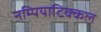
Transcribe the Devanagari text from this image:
नम्पियाटिक्कल